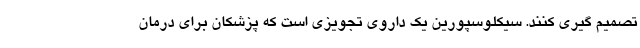
تصمیم گیری کنند. سیکلوسپورین یک داروی تجویزی است که پزشکان برای درمان